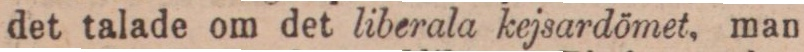
det talade om det liberala kejsardömet, man